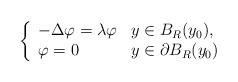
LaTeX: \begin{align*}\left\{\begin{array}{ll}-\Delta\varphi=\lambda\varphi & y\in B_R(y_0),\\\varphi=0 & y\in\partial B_R(y_0)\end{array}\right.\end{align*}